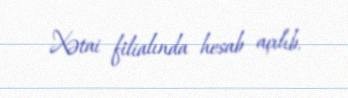
Xətai filialında hesab açılıb.